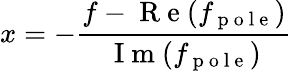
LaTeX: x=-\frac{f-\mathrm{~R~e~}(f_{\mathrm{~p~o~l~e~}})}{\mathrm{~I~m~}(f_{\mathrm{~p~o~l~e~}})}